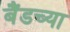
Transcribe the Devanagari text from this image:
बैंडच्या